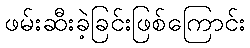
ဖမ်းဆီးခဲ့ခြင်းဖြစ်ကြောင်း